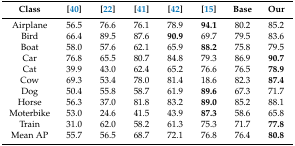
<table><thead><tr><td><b>Class</b></td><td><b>[40]</b></td><td><b>[22]</b></td><td><b>[41]</b></td><td><b>[42]</b></td><td><b>[15]</b></td><td><b>Base</b></td><td><b>Our</b></td></tr></thead><tbody><tr><td>Airplane</td><td>56.5</td><td>76.6</td><td>76.1</td><td>78.9</td><td><b>94.1</b></td><td>80.2</td><td>85.2</td></tr><tr><td>Bird</td><td>66.4</td><td>89.5</td><td>87.6</td><td><b>90.9</b></td><td>69.7</td><td>79.5</td><td>83.6</td></tr><tr><td>Boat</td><td>58.0</td><td>57.6</td><td>62.1</td><td>65.9</td><td><b>88.2</b></td><td>75.8</td><td>79.5</td></tr><tr><td>Car</td><td>76.8</td><td>65.5</td><td>80.7</td><td>84.8</td><td>79.3</td><td>86.9</td><td><b>90.7</b></td></tr><tr><td>Cat</td><td>39.9</td><td>43.0</td><td>62.4</td><td>65.2</td><td>76.6</td><td>76.5</td><td><b>78.9</b></td></tr><tr><td>Cow</td><td>69.3</td><td>53.4</td><td>78.0</td><td>81.4</td><td>18.6</td><td>82.3</td><td><b>87.4</b></td></tr><tr><td>Dog</td><td>50.4</td><td>55.8</td><td>58.7</td><td>61.9</td><td><b>89.6</b></td><td>67.3</td><td>71.7</td></tr><tr><td>Horse</td><td>56.3</td><td>37.0</td><td>81.8</td><td>83.2</td><td><b>89.0</b></td><td>85.2</td><td>88.1</td></tr><tr><td>Moterbike</td><td>53.0</td><td>24.6</td><td>41.5</td><td>43.9</td><td><b>87.3</b></td><td>58.6</td><td>65.8</td></tr><tr><td>Train</td><td>31.0</td><td>62.0</td><td>58.2</td><td>61.3</td><td>75.3</td><td>71.7</td><td><b>77.8</b></td></tr><tr><td>Mean AP</td><td>55.7</td><td>56.5</td><td>68.7</td><td>72.1</td><td>76.8</td><td>76.4</td><td><b>80.8</b></td></tr></tbody></table>